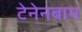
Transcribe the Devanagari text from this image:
टेनेनबाम